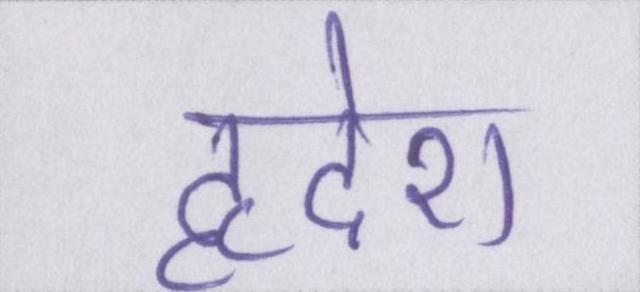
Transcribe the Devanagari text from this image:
हृदेश